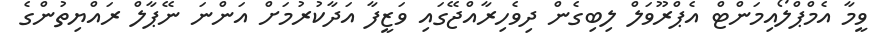
ވީމާ އެމްޕްލޯއިމަންޓް އެޕްރޫވަލް ލިބިގެން ދިވެހިރާއްޖޭގައި ވަޒީފާ އަދާކުރުމަށް އަންނަ ނޭޕާލް ރައްޔިތުންގެ